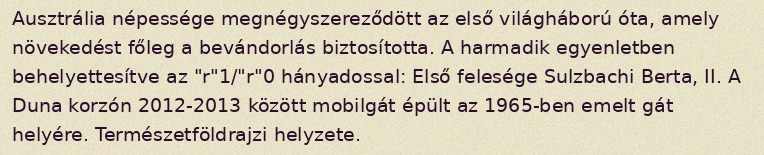
Ausztrália népessége megnégyszereződött az első világháború óta, amely növekedést főleg a bevándorlás biztosította. A harmadik egyenletben behelyettesítve az "r"1/"r"0 hányadossal: Első felesége Sulzbachi Berta, II. A Duna korzón 2012-2013 között mobilgát épült az 1965-ben emelt gát helyére. Természetföldrajzi helyzete.